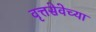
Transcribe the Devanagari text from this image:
वृत्तसेवेच्या